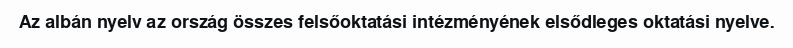
Az albán nyelv az ország összes felsőoktatási intézményének elsődleges oktatási nyelve.